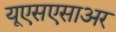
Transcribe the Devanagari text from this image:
यूएसएसाअर